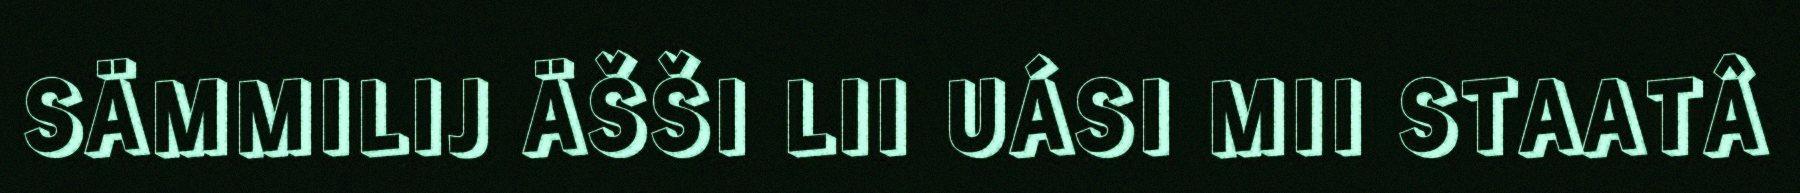
SÄMMILIJ ÄŠŠI LII UÁSI MII STAATÂ